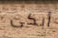
أبكى